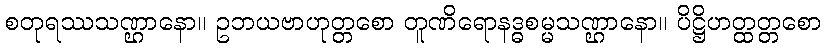
စတုရဿသဏ္ဌာနော။ ဥဘယဗာဟုတ္တစော တူဏိရောနဒ္ဓစမ္မသဏ္ဌာနော။ ပိဋ္ဌိဟတ္ထတ္တစော